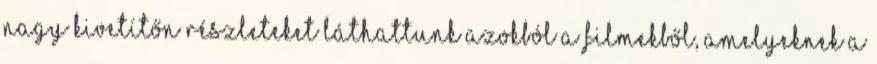
nagy kivetítőn részleteket láthattunk azokból a filmekből, amelyeknek a